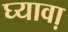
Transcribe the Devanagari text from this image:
घ्यावा़